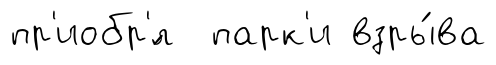
пр'иобр'́л парк'и взры́ва